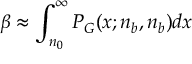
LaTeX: w ( k _ { 1 } , k _ { 2 } ) \sim \frac { ( k _ { 1 } ! ) ^ { 2 } \; [ ( 2 k _ { 2 } - 1 ) ! ] ^ { 2 } } { ( k _ { 1 } ! ) ^ { 2 } \; ( 2 k _ { 2 } ) ! } .